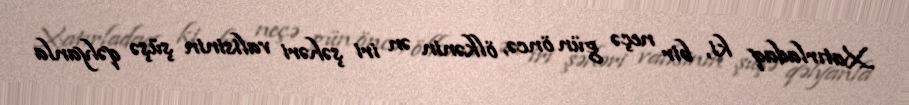
Xatırladaq ki, bir neçə gün öncə, ölkənin ən iri şəhəri valisinin şüşə qəlyanla